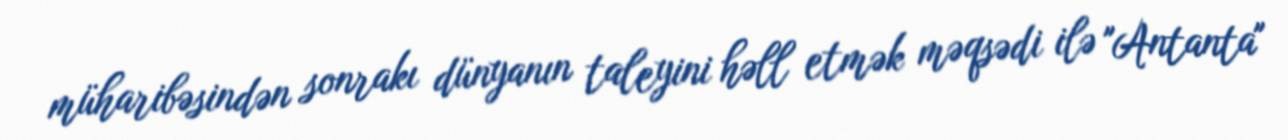
müharibəsindən sonrakı dünyanın taleyini həll etmək məqsədi ilə "Antanta"